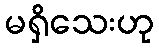
မရှိသေးဟု